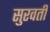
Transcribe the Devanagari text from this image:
सुरवती